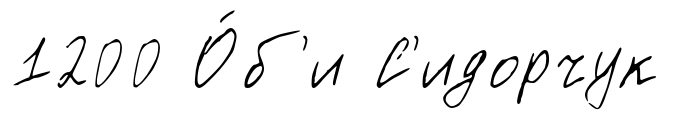
1200 О́б'и С'идорчук